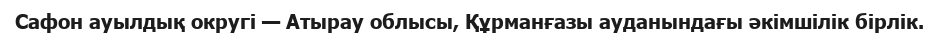
Сафон ауылдық округі — Атырау облысы, Құрманғазы ауданындағы әкімшілік бірлік.